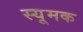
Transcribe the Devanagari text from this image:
स्यूमक